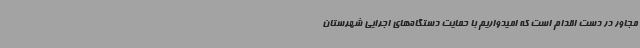
مجاور در دست اقدام است که امیدواریم با حمایت دستگاه‌های اجرایی شهرستان